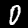
Label: 0